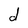
Character: d